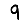
Digit: 9